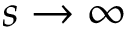
s \to \infty